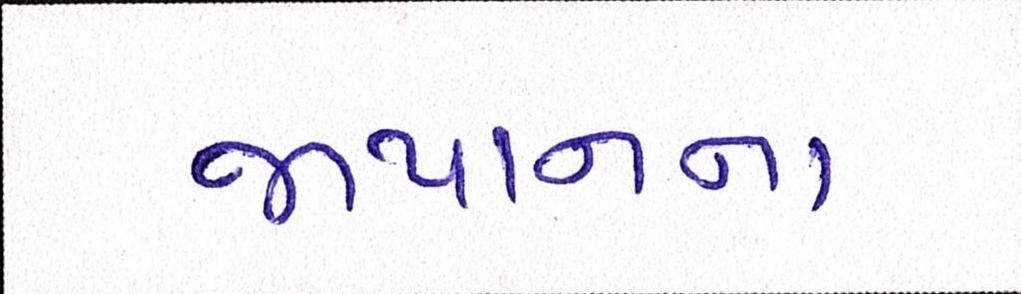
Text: જાપાનના